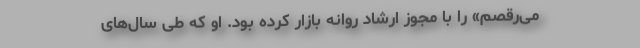
می‌رقصم» را با مجوز ارشاد روانه بازار کرده بود. او که طی سال‌های